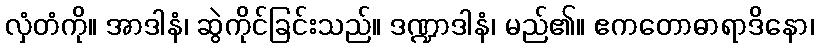
လှံတံကို။ အာဒါနံ၊ ဆွဲကိုင်ခြင်းသည်။ ဒဏ္ဍာဒါနံ၊ မည်၏။ ဧကတောဓာရာဒိနော၊